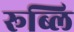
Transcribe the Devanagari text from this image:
रूब्लि